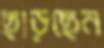
ছাড়ছেন